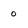
Character: o